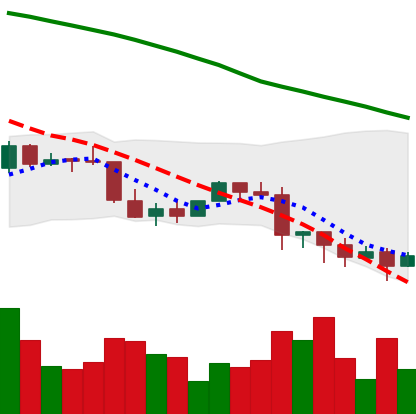
Ticker: EOS-USD
Chart end date: 2022-01-11
Forward return: 5.08%
Label: up_5_7